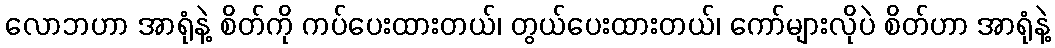
လောဘဟာ အာရုံနဲ့ စိတ်ကို ကပ်ပေးထားတယ်၊ တွယ်ပေးထားတယ်၊ ကော်များလိုပဲ စိတ်ဟာ အာရုံနဲ့